Report on vaccination proceedings throughout the Government of Bengal -
Year: 1868
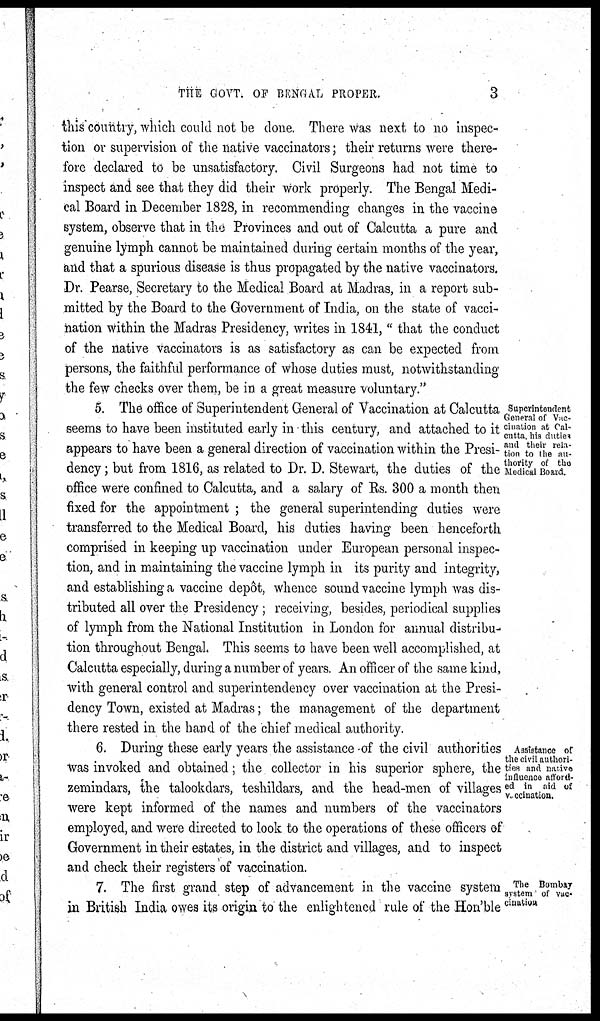
THE GOVT. OF BENGAL PROPER.
3
this country, which could not be done. There was next to no inspec-
tion or supervision of the native vaccinators; their returns were there-
fore declared to be unsatisfactory. Civil Surgeons had not time to
inspect and see that they did their work properly. The Bengal Medi-
cal Board in December 1828, in recommending changes in the vaccine
system, observe that in the Provinces and out of Calcutta a pure and
genuine lymph cannot be maintained during certain months of the year,
and that a spurious disease is thus propagated by the native vaccinators.
Dr. Pearse, Secretary to the Medical Board at Madras, in a report sub-
mitted by the Board to the Government of India, on the state of vacci-
nation within the Madras Presidency, writes in 1841, " that the conduct
of the native vaccinators is as satisfactory as can be expected from
persons, the faithful performance of whose duties must, notwithstanding
the few checks over them, be in a great measure voluntary."
Superintendent
General of Vac¬
cination at Cal-
cutta, his duties
and their rela-
tion to the au-
thority of the
Medical Board.
5. The office of Superintendent General of Vaccination at Calcutta
seems to have been instituted early in this century, and attached to it
appears to have been a general direction of vaccination within the Presi¬
dency; but from 1816, as related to Dr. D. Stewart, the duties of the
office were confined to Calcutta, and a salary of Rs. 300 a month then
fixed for the appointment ; the general superintending duties were
transferred to the Medical Board, his duties having been henceforth
comprised in keeping up vaccination under European personal inspec-
tion, and in maintaining the vaccine lymph in its purity and integrity,
and establishing a vaccine depôt, whence sound vaccine lymph was dis-
tributed all over the Presidency; receiving, besides, periodical supplies
of lymph from the National Institution in London for annual distribu-
tion throughout Bengal. This seems to have been well accomplished, at
Calcutta especially, during a number of years. An officer of the same kind,
with general control and superintendency over vaccination at the Presi-
dency Town, existed at Madras; the management of the department
there rested in the hand of the chief medical authority.
Assistance of
the civil authori-
ties and native
influence afford-
ed in aid of
vaccination.
6. During these early years the assistance of the civil authorities
was invoked and obtained; the collector in his superior sphere, the
zemindars, the talookdars, teshildars, and the head-men of villages
were kept informed of the names and numbers of the vaccinators
employed, and were directed to look to the operations of these officers of
Government in their estates, in the district and villages, and to inspect
and check their registers of vaccination.
The Bombay
system of vac¬
cination
7. The first grand step of advancement in the vaccine system
in British India owes its origin to the enlightened rule of the Hon'ble